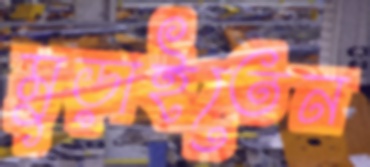
মুড়াইতেন